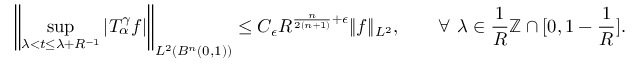
\left\| \operatorname* { s u p } _ { \lambda < t \leq \lambda + R ^ { - 1 } } | T _ { \alpha } ^ { \gamma } f | \right\| _ { L ^ { 2 } ( B ^ { n } ( 0 , 1 ) ) } \leq C _ { \epsilon } R ^ { \frac { n } { 2 ( n + 1 ) } + \epsilon } \| f \| _ { L ^ { 2 } } , \quad \quad \forall ~ \lambda \in \frac { 1 } { R } \mathbb { Z } \cap [ 0 , 1 - \frac { 1 } { R } ] .